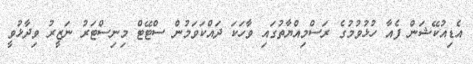
އެޑިއުކޭޝަން ފެއާ ހުޅުވުމުގެ ރަސްމިއްޔާތުގައި ވާހަކަ ދައްކަވަމުން ސްޓޭޓް މިނިސްޓަރު ނަޒީރު ވިދާޅުވީ